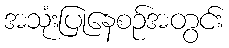
အသုံးပြုနေစဉ်အတွင်း